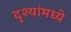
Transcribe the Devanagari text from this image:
दृश्यांमध्ये